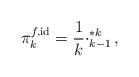
LaTeX: \begin{align*} \pi_k^{f,\mathrm{id}}=\frac{1}{k}\cdotp_{k-1}^{*k},\end{align*}